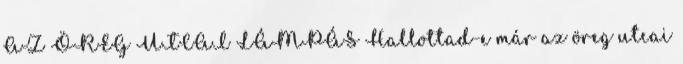
AZ ÖREG UTCAI LÁMPÁS Hallottad-e már az öreg utcai